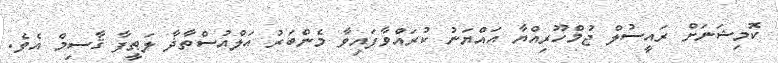
ކޮމިޝަނަށް ރައީސުލް ޖުމްހޫރިއްޔާ އައްޔަނު ކުރައްވާފައިވާ މެންބަރު އަލްއުސްތާޛާ ލަޠީފާ ޤާސިމް އެވެ.